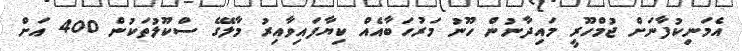
އެމަނިކުފާނަށް ޖުމްހޫރީ މައިދާނުން ހޫނު މަރުހަބާއެއް ކިޔާފައިވާއިރު މާލޭގެ ސްކޫލުތަކުން 400 އަށް